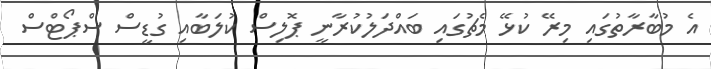
އެ މުބާރާތުގައި މިރޭ ކުޅޭ މެޗުގައި ބައްދަލުކުރާނީ ޕޮލިސް ކުލަބާއި ގުޑީސް ސްޕޯޓްސް